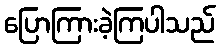
ပြောကြားခဲ့ကြပါသည်